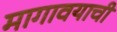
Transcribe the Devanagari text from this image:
मागावयाची